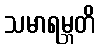
သမာရမ္ဘတိ